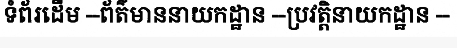
ទំព័រដើម --ព័ត៌មាននាយកដ្ឋាន --ប្រវត្តិនាយកដ្ឋាន --